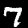
Label: 7